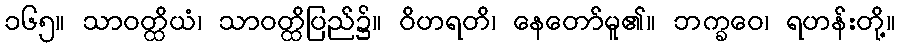
၁၆၅။ သာဝတ္ထိယံ၊ သာဝတ္ထိပြည်၌။ ဝိဟရတိ၊ နေတော်မူ၏။ ဘက္ခဝေ၊ ရဟန်းတို့။